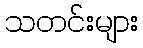
သတင်းများ